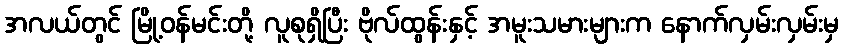
အလယ်တွင် မြို့ဝန်မင်းတို့ လူစုရှိပြီး ဗိုလ်ထွန်းနှင့် အမူးသမားများက နောက်လှမ်းလှမ်းမှ